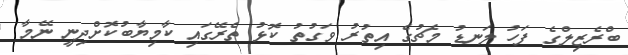
ބްރެޒިލްގެ ފަހު ލަނޑު މެޗުގެ އިތުރު ވަގުތު ކޮޅު ތެރޭގައި ކާމިޔާބުކޮށްދިނީ ނޭމާ